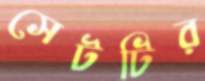
সেটটির